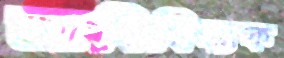
আধিবিদ্যক